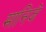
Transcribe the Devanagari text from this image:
मानिजे